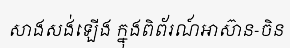
សាងសង់ឡើង ក្នុងពិព័រណ៍អាស៊ាន-ចិន